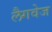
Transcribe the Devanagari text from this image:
लैगवेज